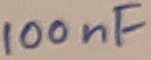
Text: 100nF